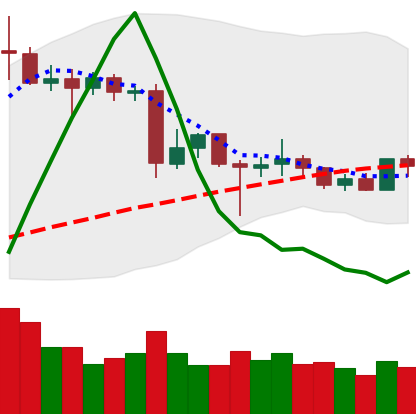
Ticker: XLM-USD
Chart end date: 2020-06-23
Forward return: -9.606%
Label: down_7plus